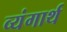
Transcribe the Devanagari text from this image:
व्यंगार्थ